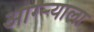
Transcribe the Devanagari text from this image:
आग्र्‍याला